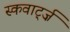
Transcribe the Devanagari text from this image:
स्कवार्ट्ज़